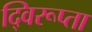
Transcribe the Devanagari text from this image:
द्विरूप्ता